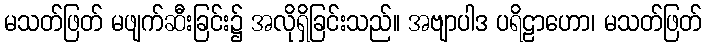
မသတ်ဖြတ် မဖျက်ဆီးခြင်း၌ အလိုရှိခြင်းသည်။ အဗျာပါဒ ပရိဠာဟော၊ မသတ်ဖြတ်